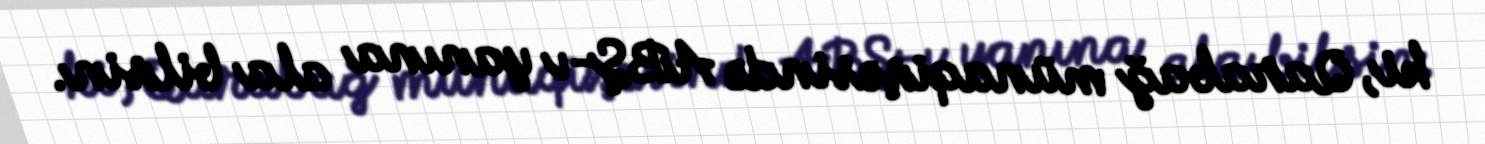
ki, Qarabağ münaqişəsində ABŞ-ı yanına ala bilsin.